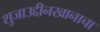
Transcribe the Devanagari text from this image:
शुजाउद्दीनखानाचा